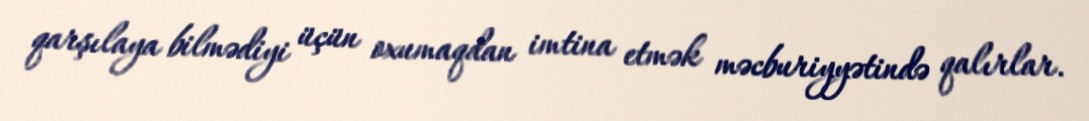
qarşılaya bilmədiyi üçün oxumaqdan imtina etmək məcburiyyətində qalırlar.